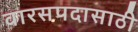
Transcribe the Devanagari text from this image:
वारसपदासाठी